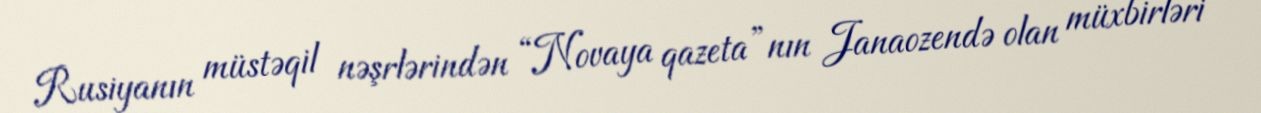
Rusiyanın müstəqil nəşrlərindən “Novaya qazeta”nın Janaozendə olan müxbirləri